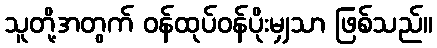
သူတို့အတွက် ဝန်ထုပ်ဝန်ပိုးမျှသာ ဖြစ်သည်။